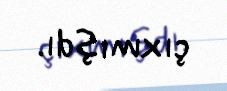
çıxmışdı.